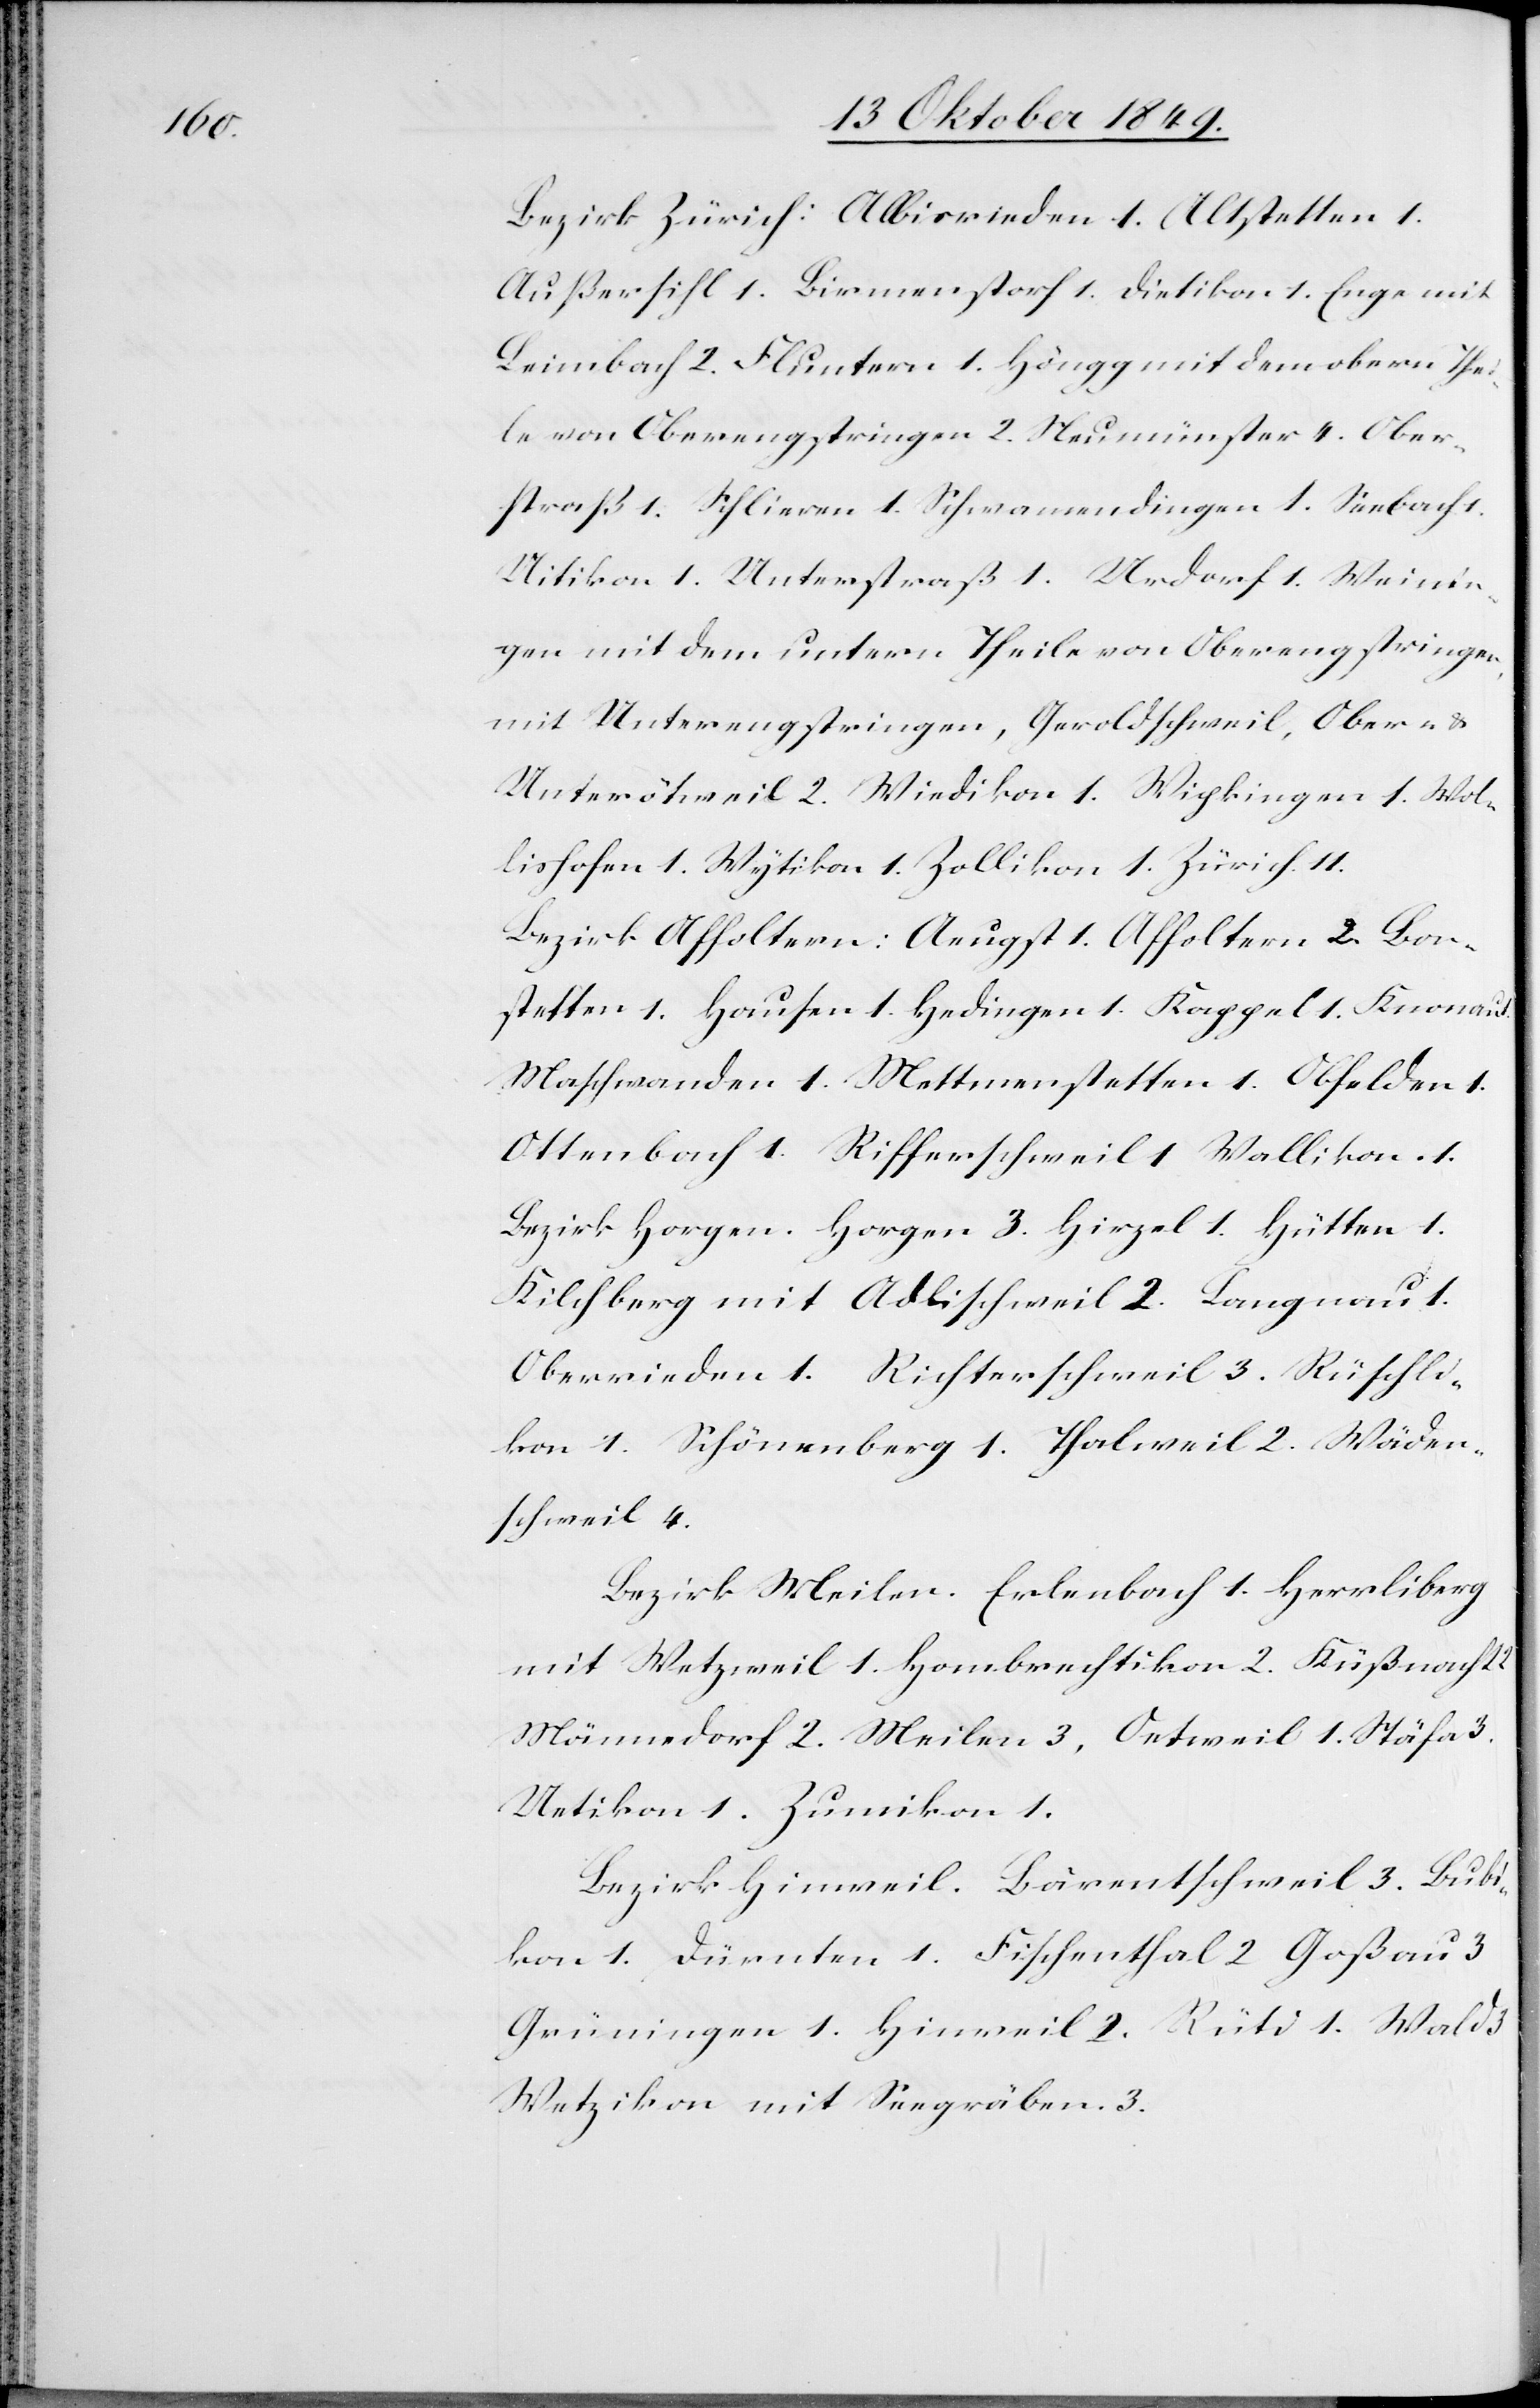
Bezirk Zürich: Albisrieden 1. Altstetten 1.
Außersihl 1. Birmenstorf 1. Dietikon 1. Enge mit
Leimbach 2. Fluntern 1. Höngg mit dem obern Thei¬
le von Oberengstringen 2. Neumünster 4. Ober¬
straß 1. Schlieren 1. Schwamendingen 1. Seebach 1.
Uitikon 1. Unterstraß 1. Urdorf 1. Weini¬
gen mit dem untern Theile von Oberengstringen,
mit Unterengstringen, Geroldschweil, Ober- u.
Unterötweil 2. Wiedikon 1. Wipkingen 1. Wol¬
lishofen 1. Wytikon 1. Zollikon 1. Zürich 11.
Bezirk Affoltern: Aeugst 1. Affoltern 2. Bon¬
stetten 1. Hausen 1. Hedingen 1. Kappel 1. Knonau
Maschwanden 1. Mettmenstetten 1. Obfelden 1.
Ottenbach 1. Rifferschweil 1. Wallikon 1.
Bezirk Horgen. Horgen 3. Hirzel 1. Hütten 1.
Kilchberg mit Adlischweil 2. Langnau 1.
Oberrieden 1. Richterschweil 3. Rüschli¬
kon 1. Schönenberg 1. Thalweil 2. Wäden¬
schweil 4.
Bezirk Meilen. Erlenbach 1. Herrliberg
mit Wetzweil 1. Hombrechtikon 2. Küßnacht
Männedorf 2. Meilen 3, Oetweil 1. Stäfa 3.
Uetikon 1. Zumikon 1.
Bezirk Hinweil. Bärentschweil 3. Bubi¬
kon 1. Dürnten 1. Fischenthal 2. Goßau 3.
Grüningen 1. Hinweil 2. Rüti 1. Wald
Wetzikon mit Seegräben 3.